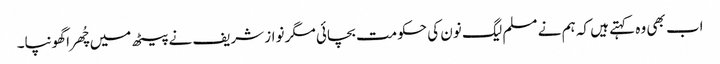
اب بھی وہ کہتے ہیں کہ ہم نے مسلم لیگ نون کی حکومت بچائی مگر نواز شریف نے پیٹھ میں چُھرا گھونپا۔